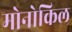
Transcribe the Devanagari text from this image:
मोनोकिल